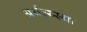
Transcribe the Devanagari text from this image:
अर्थव्य्स्था